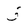
Character: 5